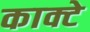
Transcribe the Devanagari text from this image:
काक्टे